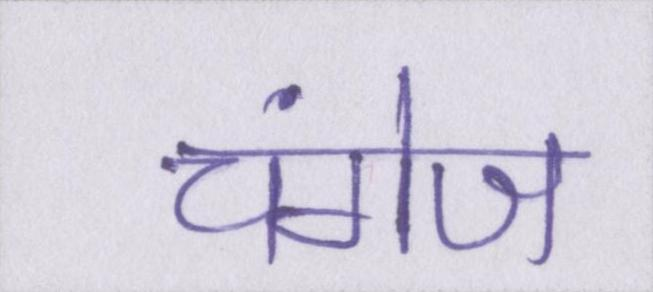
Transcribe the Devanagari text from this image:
चंगेज